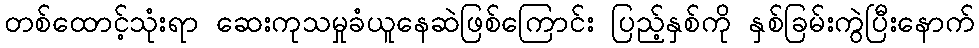
တစ်ထောင့်သုံးရာ ဆေးကုသမှုခံယူနေဆဲဖြစ်ကြောင်း ပြည့်နှစ်ကို နှစ်ခြမ်းကွဲပြီးနောက်